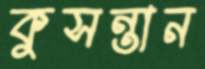
কুসন্তান